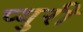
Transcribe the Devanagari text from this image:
प्युरी